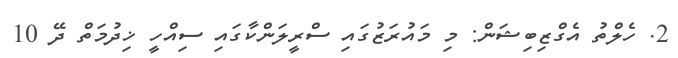
2. ހެލްތު އެގްޒިބިޝަން: މި މައުރަޒުގައި ސްރީލަންކާގައި ސިއްހީ ޚިދުމަތް ދޭ 10